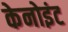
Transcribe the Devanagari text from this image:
केनोइंट